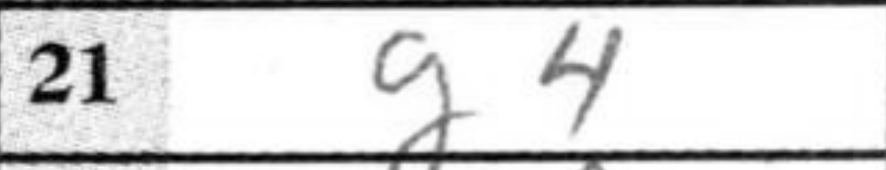
Transcription: g4